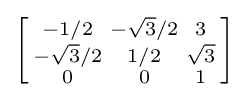
\left[{\begin{smallmatrix}-1/2&-{\sqrt {3}}/2&3\\-{\sqrt {3}}/2&1/2&{\sqrt {3}}\\0&0&1\\\end{smallmatrix}}\right]